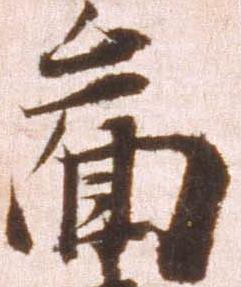
図